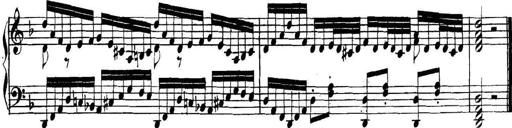
Title: Collected Piano Sonatas
Composer: Muzio Clementi